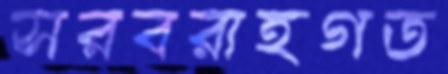
সরবরাহগত